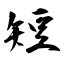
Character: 短